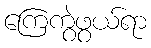
ကြေကွဲဖွယ်ရာ